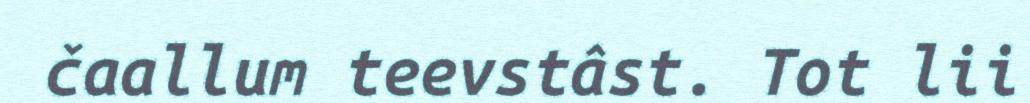
čaallum teevstâst. Tot lii